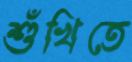
শুঁখিতে